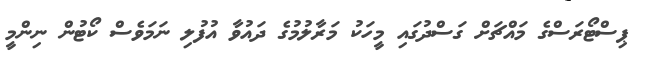
ޕިސްޓޯރަސްގެ މައްޗަށް ގަސްދުގައި މީހަކު މަރާލުމުގެ ދައުވާ އުފުލި ނަމަވެސް ކޯޓުން ނިންމީ